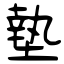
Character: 墊